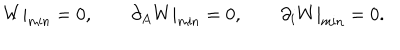
LaTeX: W | _ { \mathrm { m i n } } = 0 , \qquad \partial _ { A } W | _ { \mathrm { m i n } } = 0 , \qquad \partial _ { i } W | _ { \mathrm { m i n } } = 0 .